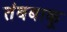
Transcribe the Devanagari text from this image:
तंबबाकू